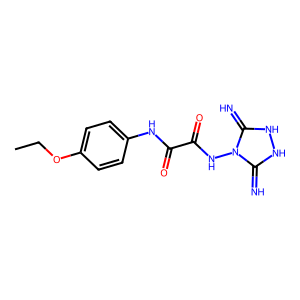
SMILES: CCOc1ccc(NC(=O)C(=O)Nn2c(=N)[nH][nH]c2=N)cc1
Inhibits HIV replication: No